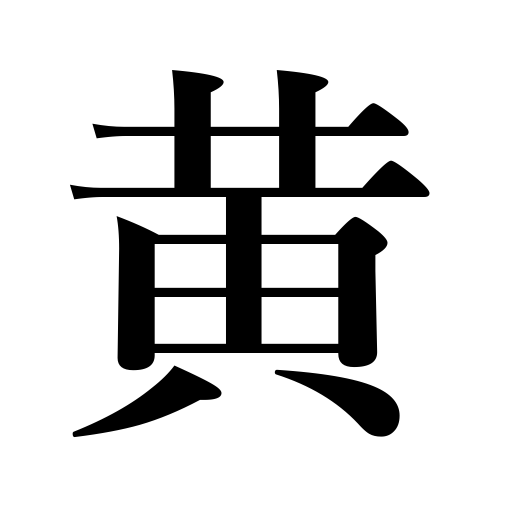
Meanings: yellow tint,turn yellow,yellow